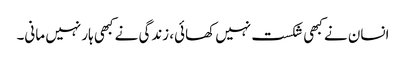
انسان نے کبھی شکست نہیں کھائی، زندگی نے کبھی ہار نہیں مانی۔